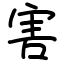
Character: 害